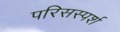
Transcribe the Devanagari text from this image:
परिसस्पर्श